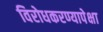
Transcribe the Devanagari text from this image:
विरोधकरण्यापेक्षा